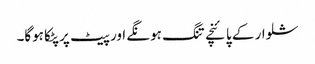
شلوار کے پائنچے تنگ ہونگے اور پیٹ پر پٹکا ہوگا۔